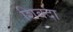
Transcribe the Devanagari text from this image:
शिबदा